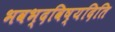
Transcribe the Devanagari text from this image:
भवभ्दविष्यदिति